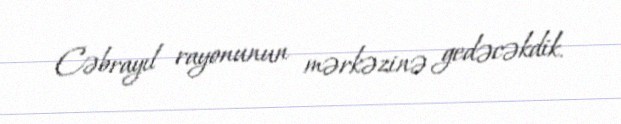
Cəbrayıl rayonunun mərkəzinə gedəcəkdik.